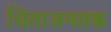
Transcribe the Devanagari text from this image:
चिंताजनतक